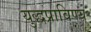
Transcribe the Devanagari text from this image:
युद्धप्राविण्य